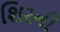
શિરની